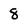
Character: 8